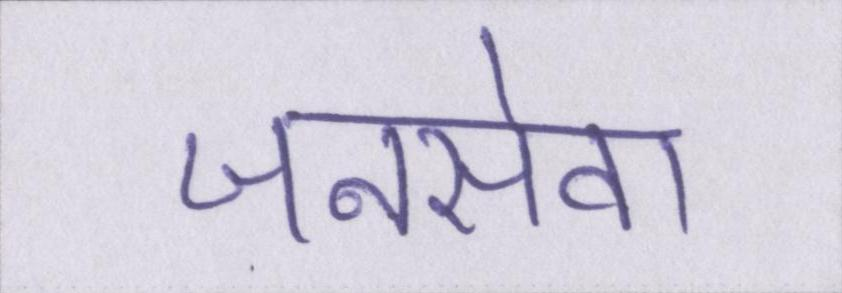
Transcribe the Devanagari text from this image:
जनसेवा